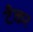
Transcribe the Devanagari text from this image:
टॅँकर